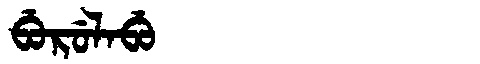
Manchu: ᠪᡠᡵᡠᠯᠠᠪᡠ
Romanization: BURULABU